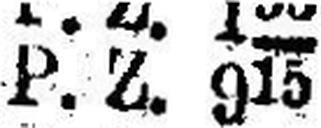
P.Z. 915